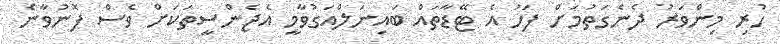
ހުރި މިންވަރު ދެނެގަތުމަށް ފަހު އެ ޓޭޑާތައް ބައިނަލްއަގުވާމީ އެޖެންސީތަކަށް ވެސް ފޮނުވާނެ